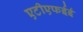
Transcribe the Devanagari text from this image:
एटीएफईई